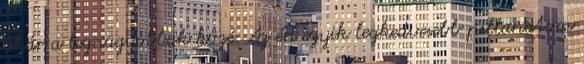
akár a legnagyobbak közé. Az én egyik legkedvesebb pillanatom